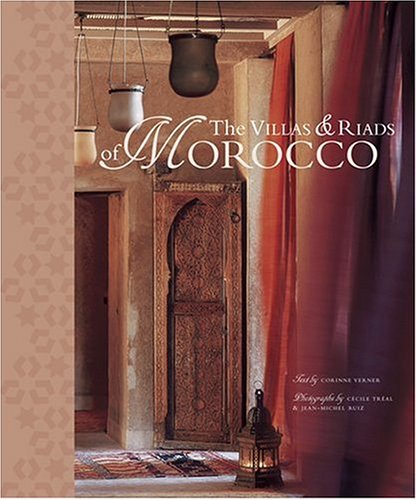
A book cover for The Villas and Riads of Morocco; Corinne Verner; Travel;